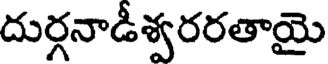
దుర్గనాడీశ్వరరతాయై